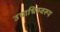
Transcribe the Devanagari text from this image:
उपाधिस्वरूप